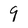
Character: 9